EAOK_Sinod, lk 12
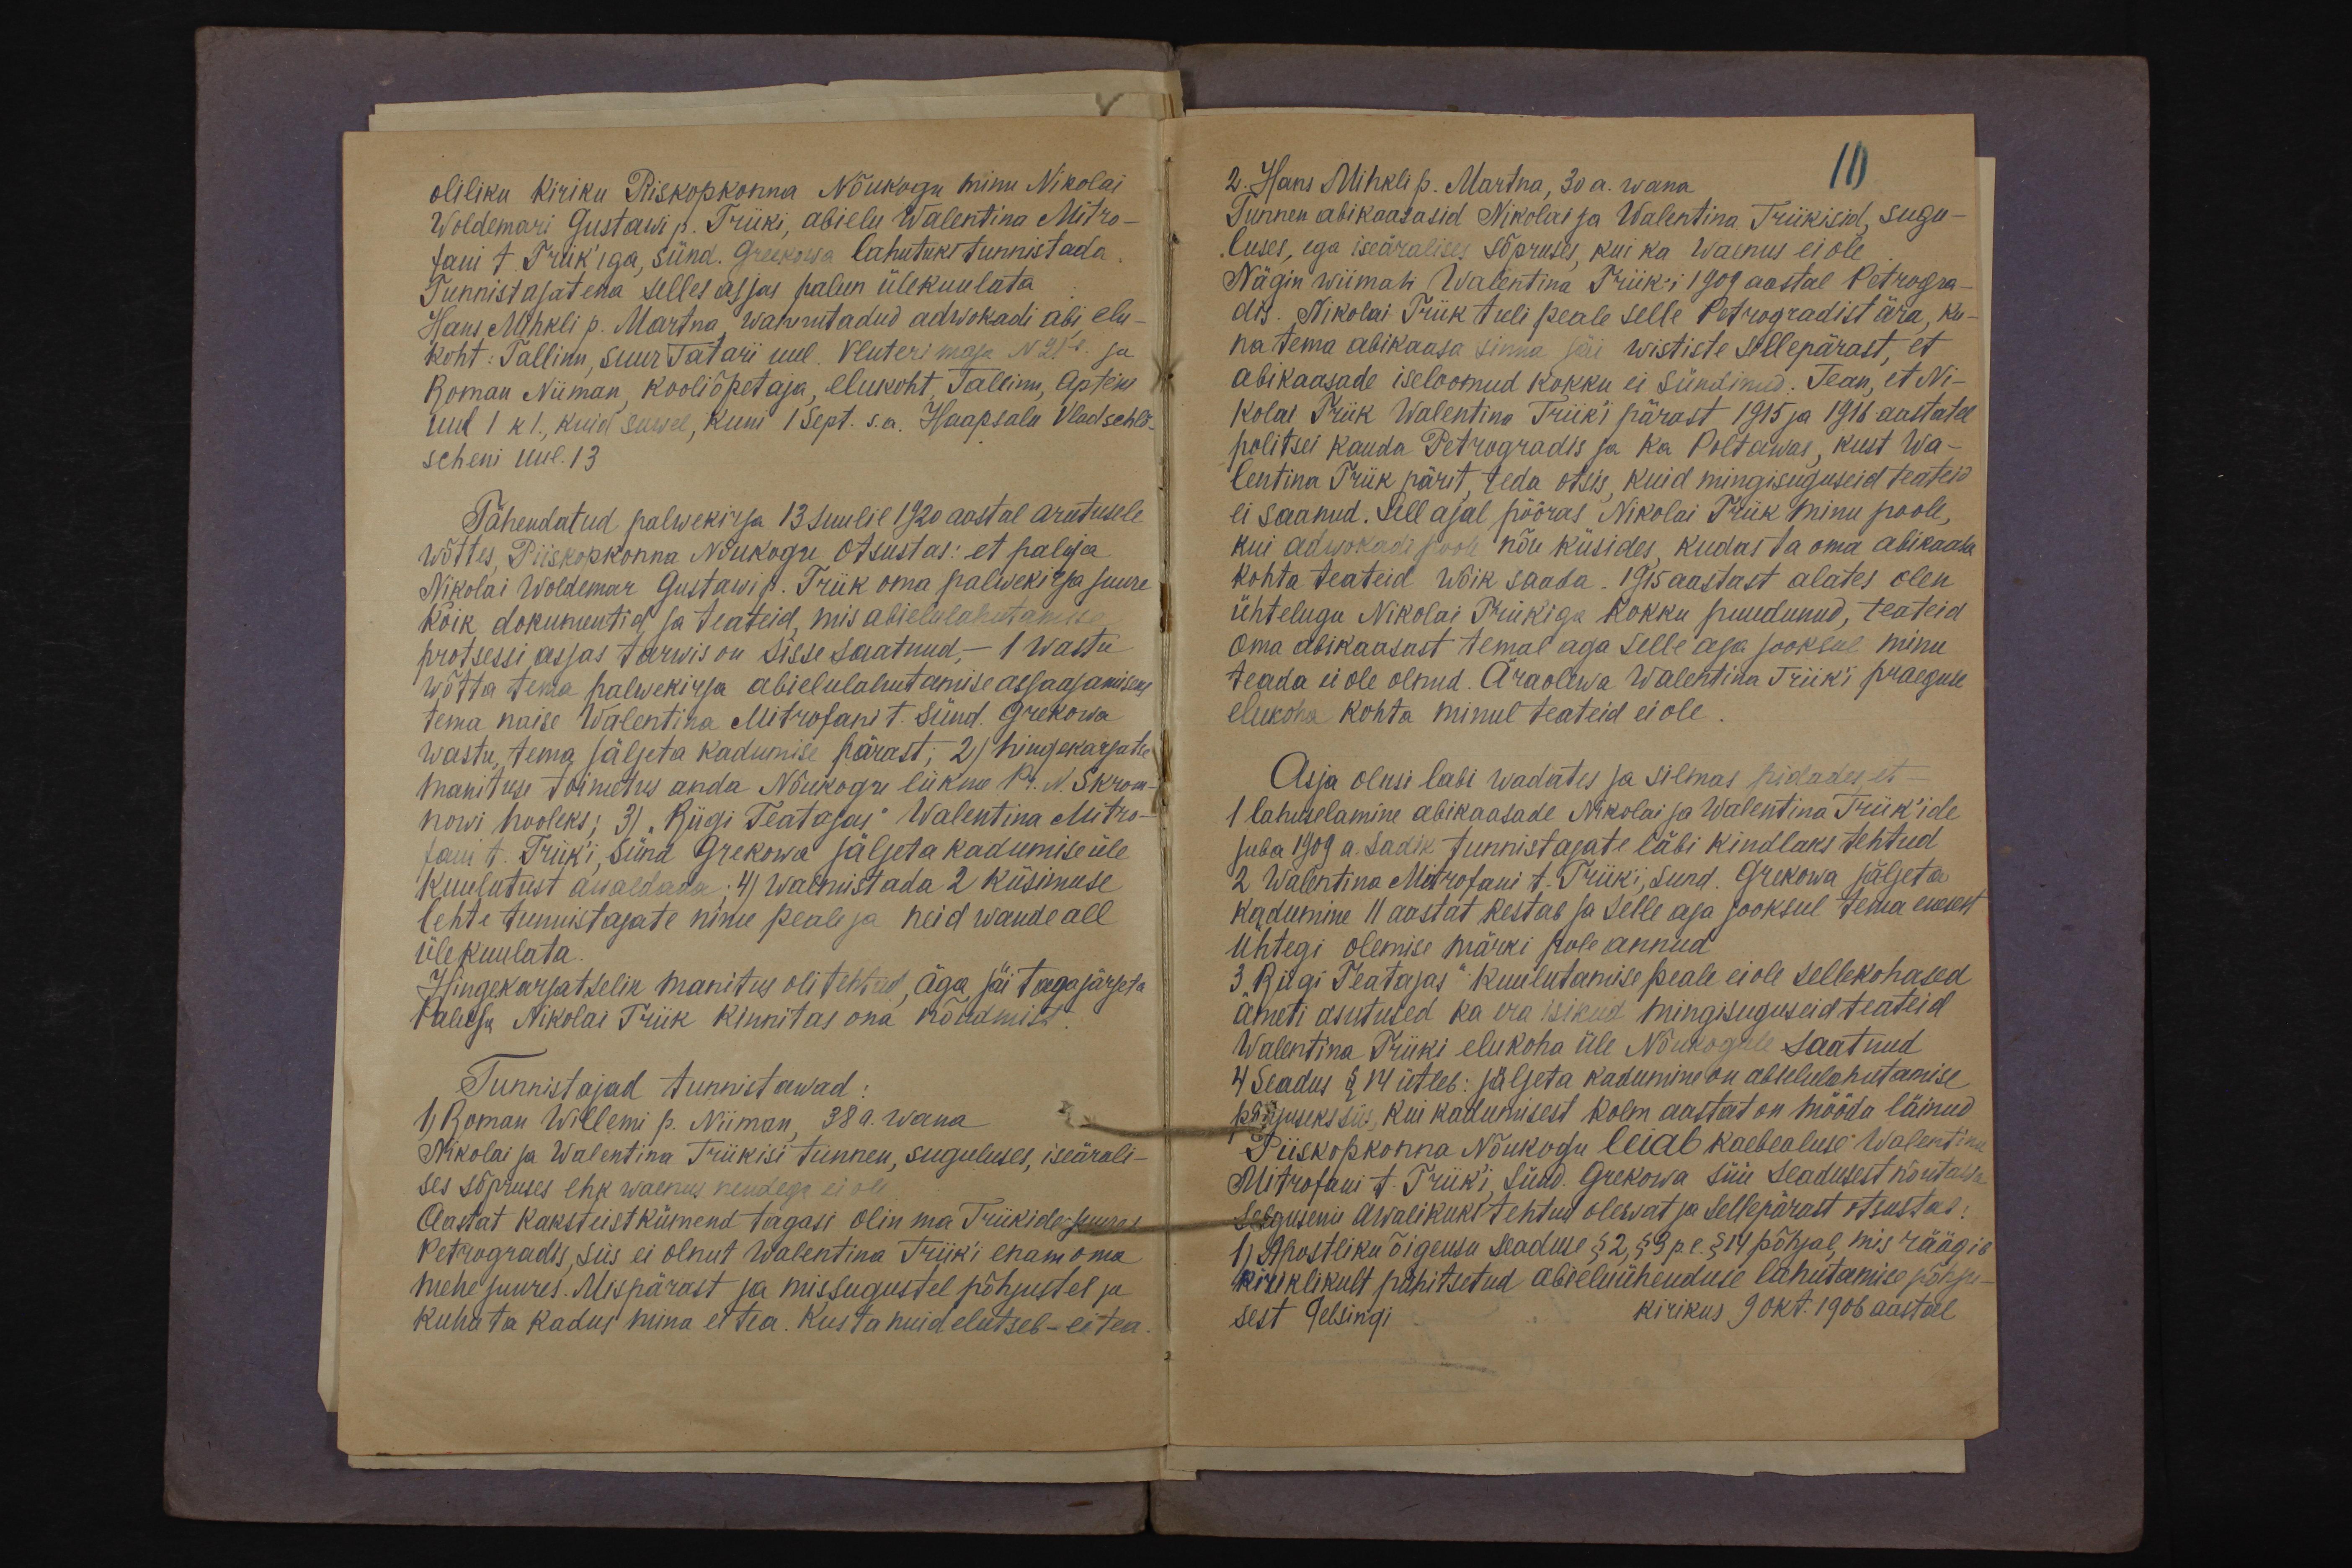
oliliku Kiriku Piskopkonna Nõukogu minu Nikolai
Woldemari Gustawi p. Triiki, abielu Walentina Mitro-
fani t. Triik'iga, sünd. Grekowa lahutuks tunnistada.
Tunnistajatena selles asjas palun ülekuulata
Hans Mihkli p. Martna wannutadud adwokadi abi elu-
koht: Tallinn, suur Tatari uul. Venteri maja N21b ja
Roman Niiman, kooliõpetaja, elukoht, Tallinn, Apteki
uul 1 k 1, kuid suwel, kuni 1 sept. s.a. Haapsalu Vladschlö-
scheni uul. 13
Tähendatud palwekirja 13 Juulil 1920 aastal arutusele
wõttes, Piiskopkonna Nõukogu otsustas: et paluja
Nikolai Woldemar Gustawi p. Triik oma palwekirja juure
kõik dokumentid, ja teateid, mis abielulahutamise
protsessi asjas tarwis on sisse saatnud, - 1 wastu
wõtta tema palwekirja abielulahutamise asjaajamiseks
tema naise Walentina Mitrofani t. sünd. Grekowa
wastu, tema jäljeta kadumise pärast; 2) hingekarjatse
manituse toimetus anda Nõukogu liikme Pr. N. Skrom-
nowi hooleks; 3) "Riigi Teatajas" Walentina Mitro-
fani t. Triiki, sünd Grekowa jäljeta kadumise üle-
kuulutust awaldada; 4) walmistada 2 küsimuse
lehte tunnistajate nime peale ja neid wande all
ülekuulata.
Hingekarjatselik manitus oli tehtud, Äga jäi tagajärjeta
Paluja Nikolai Priik kinnitas ona nõudmist.
Tunnistajad tunnistawad:
1) Roman Willemi p. Niiman, 38 a. wana
Nikolai ja Walentina Triikisi tunnen, suguluses, iseärali-
ses sõpruses ehk waenus nendega ei ole
Aastat kaksteistkümend tagasi olin ma Triikide juures
Petrogradis, siis ei olnut Walentina Triiki enam oma
mehe juures. Mispärast ja missugustel põhjustel ja
kuhu ta kadus mina et tea. Kus ta nuid elutseb - ei tea.

2. Hans Mihkli p. Martna, 30 a. wana
Tunnen abikaasasid Nikolai ja Walentina Triikisid, sugu-
luses, ega iseäralises sõpruses kui ka waenus ei ole
Nägin wiimati Walentina Triik-i 1909 aastal Petrogra-
dis. Nikolai Triik tuli peale selle Petrogradist ära, ku-
na tema abikaasa sinna jäi wististe sellepärast, et
abikaasade iseloomud kokku ei sündinud. Tean, et Ni-
kolai Triik Walentina Triik'i pärast 1915 ja 1916 aastatel
politsei kauda Petrogradis ja ka Poltawas, kust Wa-
lentina Triik pärit, teda otsis kuid mingisuguseid teateid
ei saanud. Sell ajal pööras Nikolai Triik minu poole,
kui adwokadi poole nõu küsides, kudas ta oma abikaasa
kohta teateid wõik saada. 1915 aastast alates olen
ühtelugu Nikolai Triik'iga kokku puudunud, teateid
oma abikaasast temal aga selle aga jooksul minu
teada ei ole olnud. Äraolewa Walentina Triik'i praeguse
elukoha kohta minul teateid ei ole.
Asja olusi läbi wadates ja silmas pidades, et -
1 lahuselamine abikaasade Nikolai ja Walentina Triik'ide
juba 1909 a. sadik tunnistajate läbi kindlaks tehtud
2 Walentina Mitrofani t. Triiki, sund. Grekowa jäljeta
kadumine 11 aastat kestab ja selle aja jooksul tema enesest
Ühtegi olemise märki pole annud,
3. "Riigi Teatajas" kuulutamise peale ei ole sellekohased
ameti asutused ka era isikud mingisuguseid teateid
Walentina Triiki elukoha üle Nõukogule saatnud
4 Seadus § 14 ütleb: jäljeta kadumine on abielulahutamise
põhjuseks siis, kui kadumisest kolm aastat on mööda läinud
Piiskopkonna Nõukogu leiab kaebealuse Walentina
Mitrofani t. Triiki, sünd. Grekowa süü seadusest nõutawa
Selguseni awalikuks tehtud olewat ja sellepärast otsustab:
1) Apostliku õigeusu seaduse § 2, § 3 p.l. § 14 põhjal, mis räägib
kiriklikult pühitsetud abieluühenduse lahutamise põhju-
sest Gelsingi
kirikus 9 okt. 1906 aastal